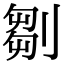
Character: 𠞃